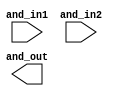
// This program was cloned from: https://github.com/chipsalliance/aib-phy-hardware
// License: Apache License 2.0

// SPDX-License-Identifier: Apache-2.0
// Copyright (C) 2019 Intel Corporation. 
//-----------------------------------------------------------------------------
//  Clock XOR macro
//-----------------------------------------------------------------------------

module altr_hps_ckand (
    input  wire              and_in1,     // and input 1
    input  wire              and_in2,     // and input 2
    output  wire             and_out      // and output
);

// -------------------
// Port declarations
// -------------------

wire   and_out_n;

// -----
// RTL
// -----

`ifdef ALTR_HPS_INTEL_MACROS_OFF
assign and_out = and_in1 & and_in2;

`else




`endif

endmodule